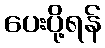
ပေးပို့ရန်